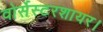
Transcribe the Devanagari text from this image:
वोर्सेस्टरशायर।